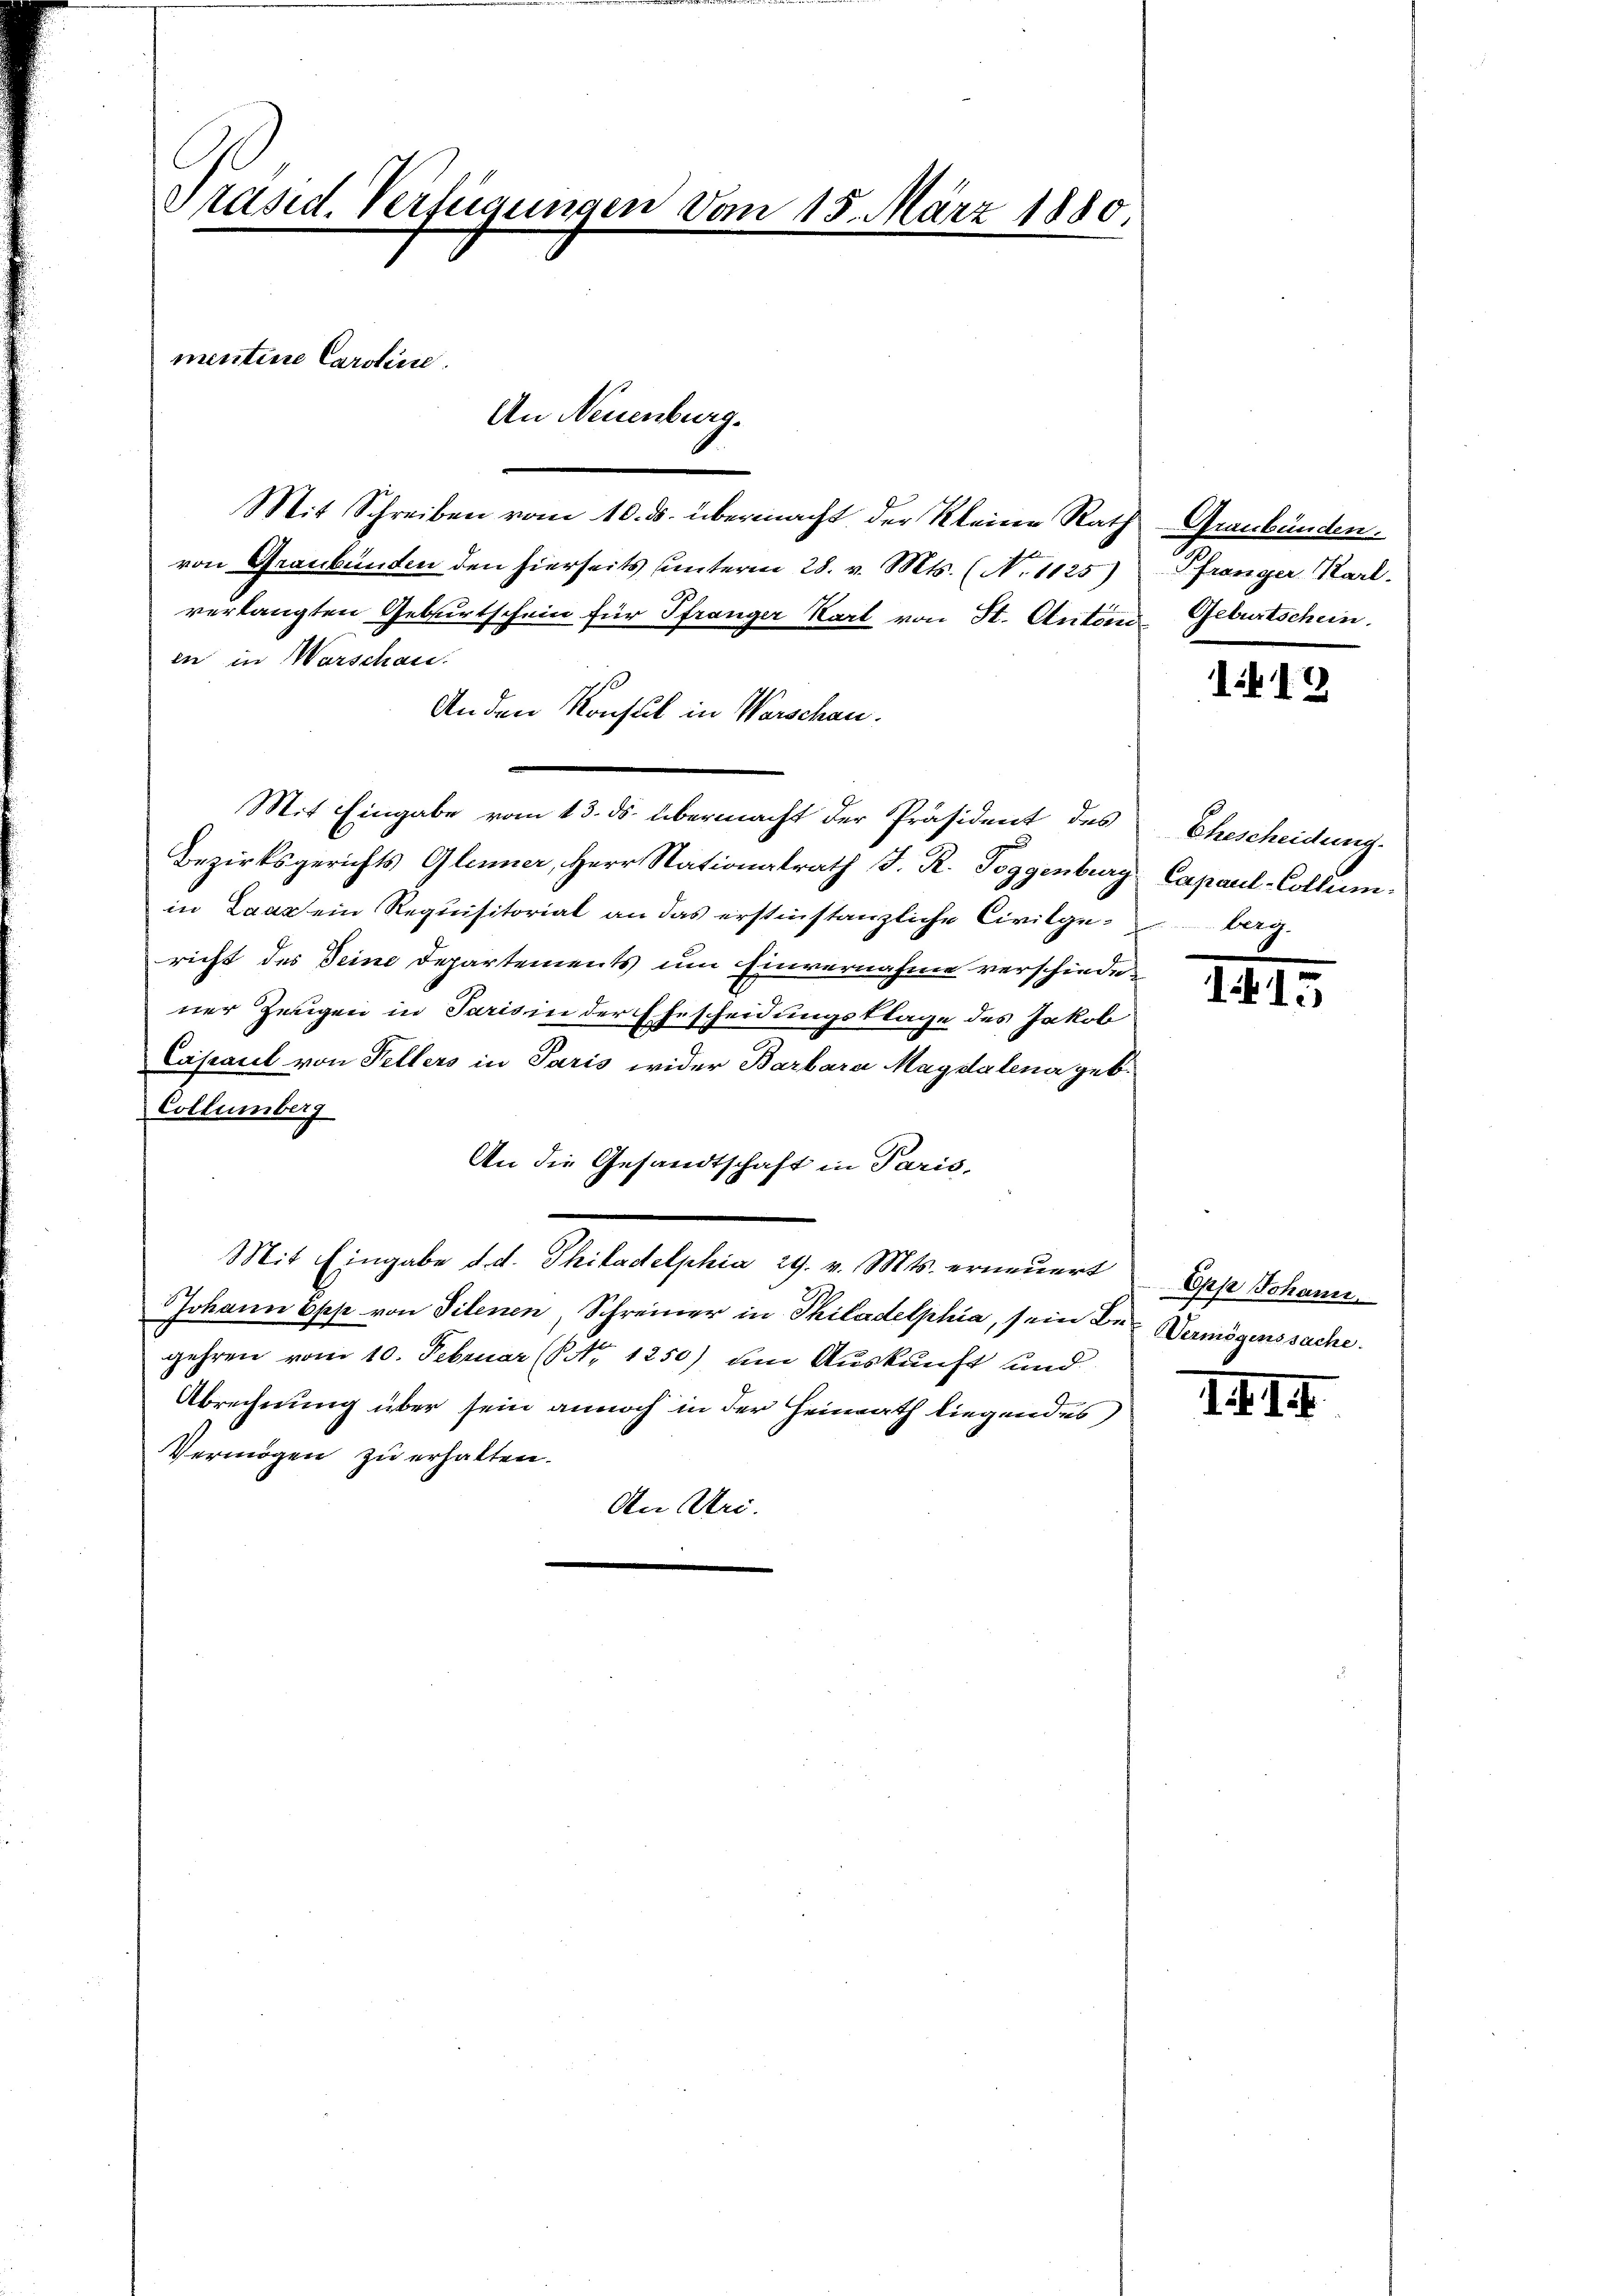
Präsid. Verfügungen vom 15. März 1880.
mentine Caroline.
An Neuenburg.

Mit Schreiben vom 10. ds. übermacht der Kleine Rath Graubünden.
von Graubünden den hierseits unterm 28. v. Mts. (N. 1125)
verlangten Geburtschein für Pfränger Karl von St. Antons Geburtschein.
en in Warschau.
Anden Konsul in Warschau.
Mit Eingabe vom 13. ds. übermacht der Präsident des Ehescheidung.
Bezirksgerichts Gleiner, Herr Nationalrath J. R. Toggenburg, Capaul-Collumin Laaz ein Requisitorial an das erstinstanzliche Civilgericht des Seine Departements um Einvernahme verschiedener Zeigen in Paris in der Ehescheidungsklage des Jakob
Capaul von Fellers in Paris wider Barbara Magdalena geb.
Collumberg
An die Gesandtschaft in Paris,
Mit Eingabe d. d. Philadelphia 29. v. Mts. erneuert
Johann Epp von Filenen, Schreiner in Philadelphia, sein der Vermögenssache.
gehren vom 10. Februar (NNo. 1250) am Auskunft und
Abrechnung über sein annoch in der Heimath liegendes
Vermögen zu erhalten.
An Uri.

Pfrenger, Karl.

112

berg

I. I

Eppa Johann

II. II.